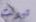
تبولت